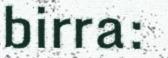
birra: